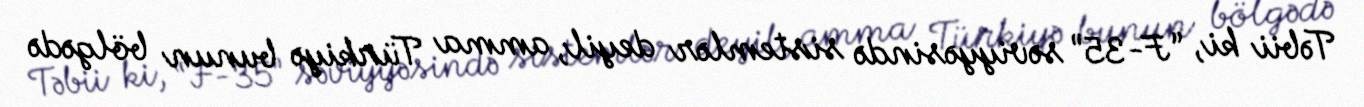
Təbii ki, “F-35” səviyyəsində sistemlər deyil, amma Türkiyə bunun bölgədə